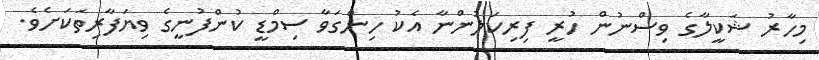
މިހާރު ޝަކީލާގެ ވިސްނުން ހުރީ ފިރިކަލުންނާ އެކު ހިންގަވާ ސިމްޑީ ކުންފުނީގެ ވިޔަފާރިތަކަށެވެ.